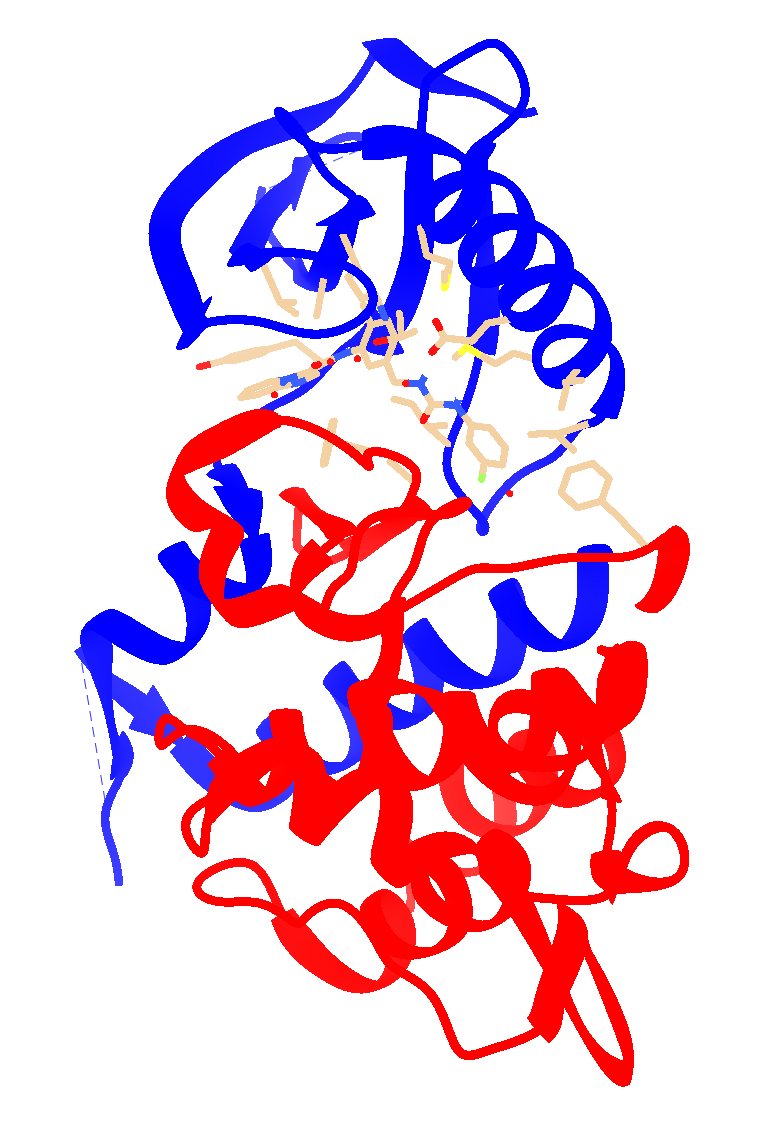
chimera, depth-cued, rounded ribbon